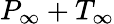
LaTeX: P_{\infty}+T_{\infty}